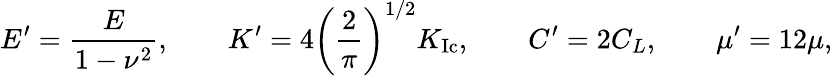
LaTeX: E^{\prime}=\frac{E}{1-\nu^{2}},\qquad K^{\prime}=4\left(\frac{2}{\pi}\right)^{1/2}K_{\mathrm{Ic}},\qquad C^{\prime}=2C_{L},\qquad\mu^{\prime}=12\mu,